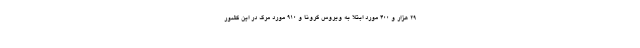
۲۹ هزار و ۴۰۰ مورد ابتلا به ویروس کرونا و ۹۱۰ مورد مرگ در این کشور